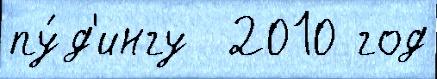
пу́д'ингу  2010 год